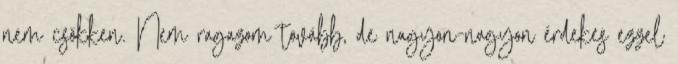
nem csökken. Nem ragazom tovább, de nagyon-nagyon érdekes ezzel